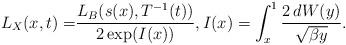
LaTeX: \begin{align*}L_X(x,t) =&\frac{L_B(s(x),T^{-1}(t))}{2\exp(I(x))},I(x)= \int_{x}^1 \frac{2\, dW(y)}{\sqrt{\beta y}}.\end{align*}